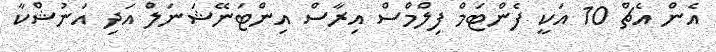
އެން އެޗް 10 އަކީ ފެންޓަމް ފިލްމްސް އިރާސް އިންޓަނޭޝަނަލް އަދި އަނުޝްކާ